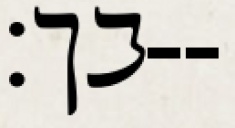
בך׃--